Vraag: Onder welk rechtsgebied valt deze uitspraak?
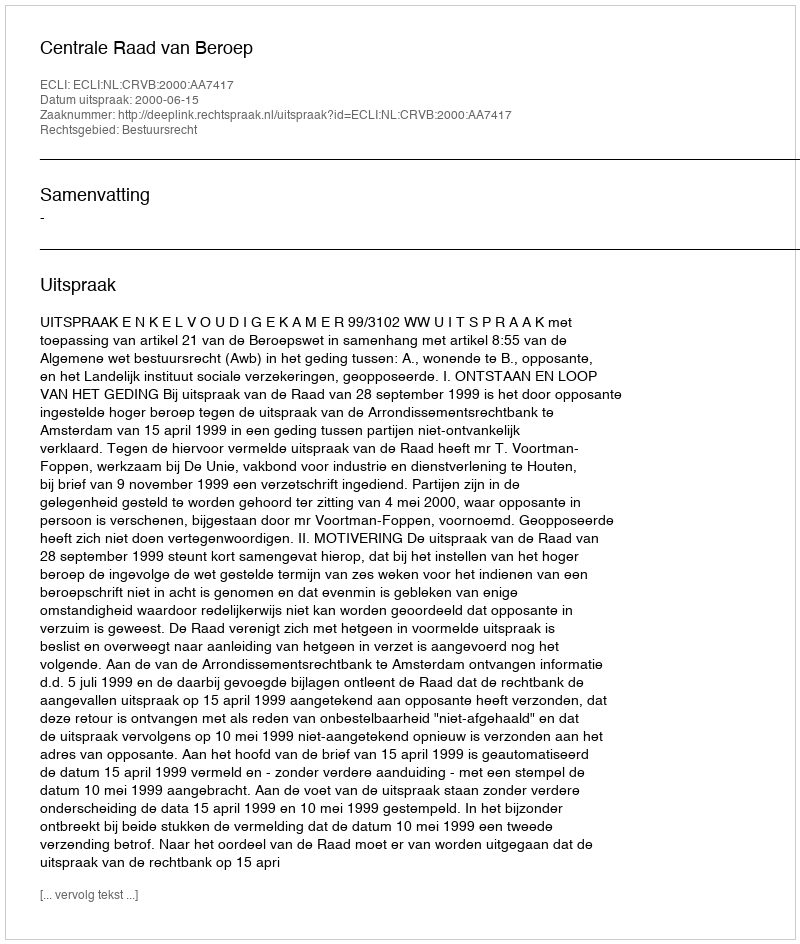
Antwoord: Bestuursrecht